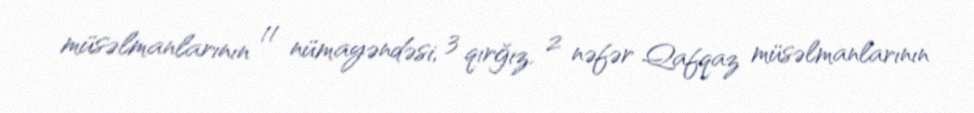
müsəlmanlarının 11 nümayəndəsi, 3 qırğız, 2 nəfər Qafqaz müsəlmanlarının